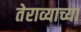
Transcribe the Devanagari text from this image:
तेराव्याच्या